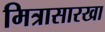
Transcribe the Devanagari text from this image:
मित्रासारखा